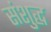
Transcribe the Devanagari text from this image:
संशुद्ध